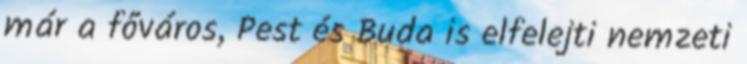
már a főváros, Pest és Buda is elfelejti nemzeti